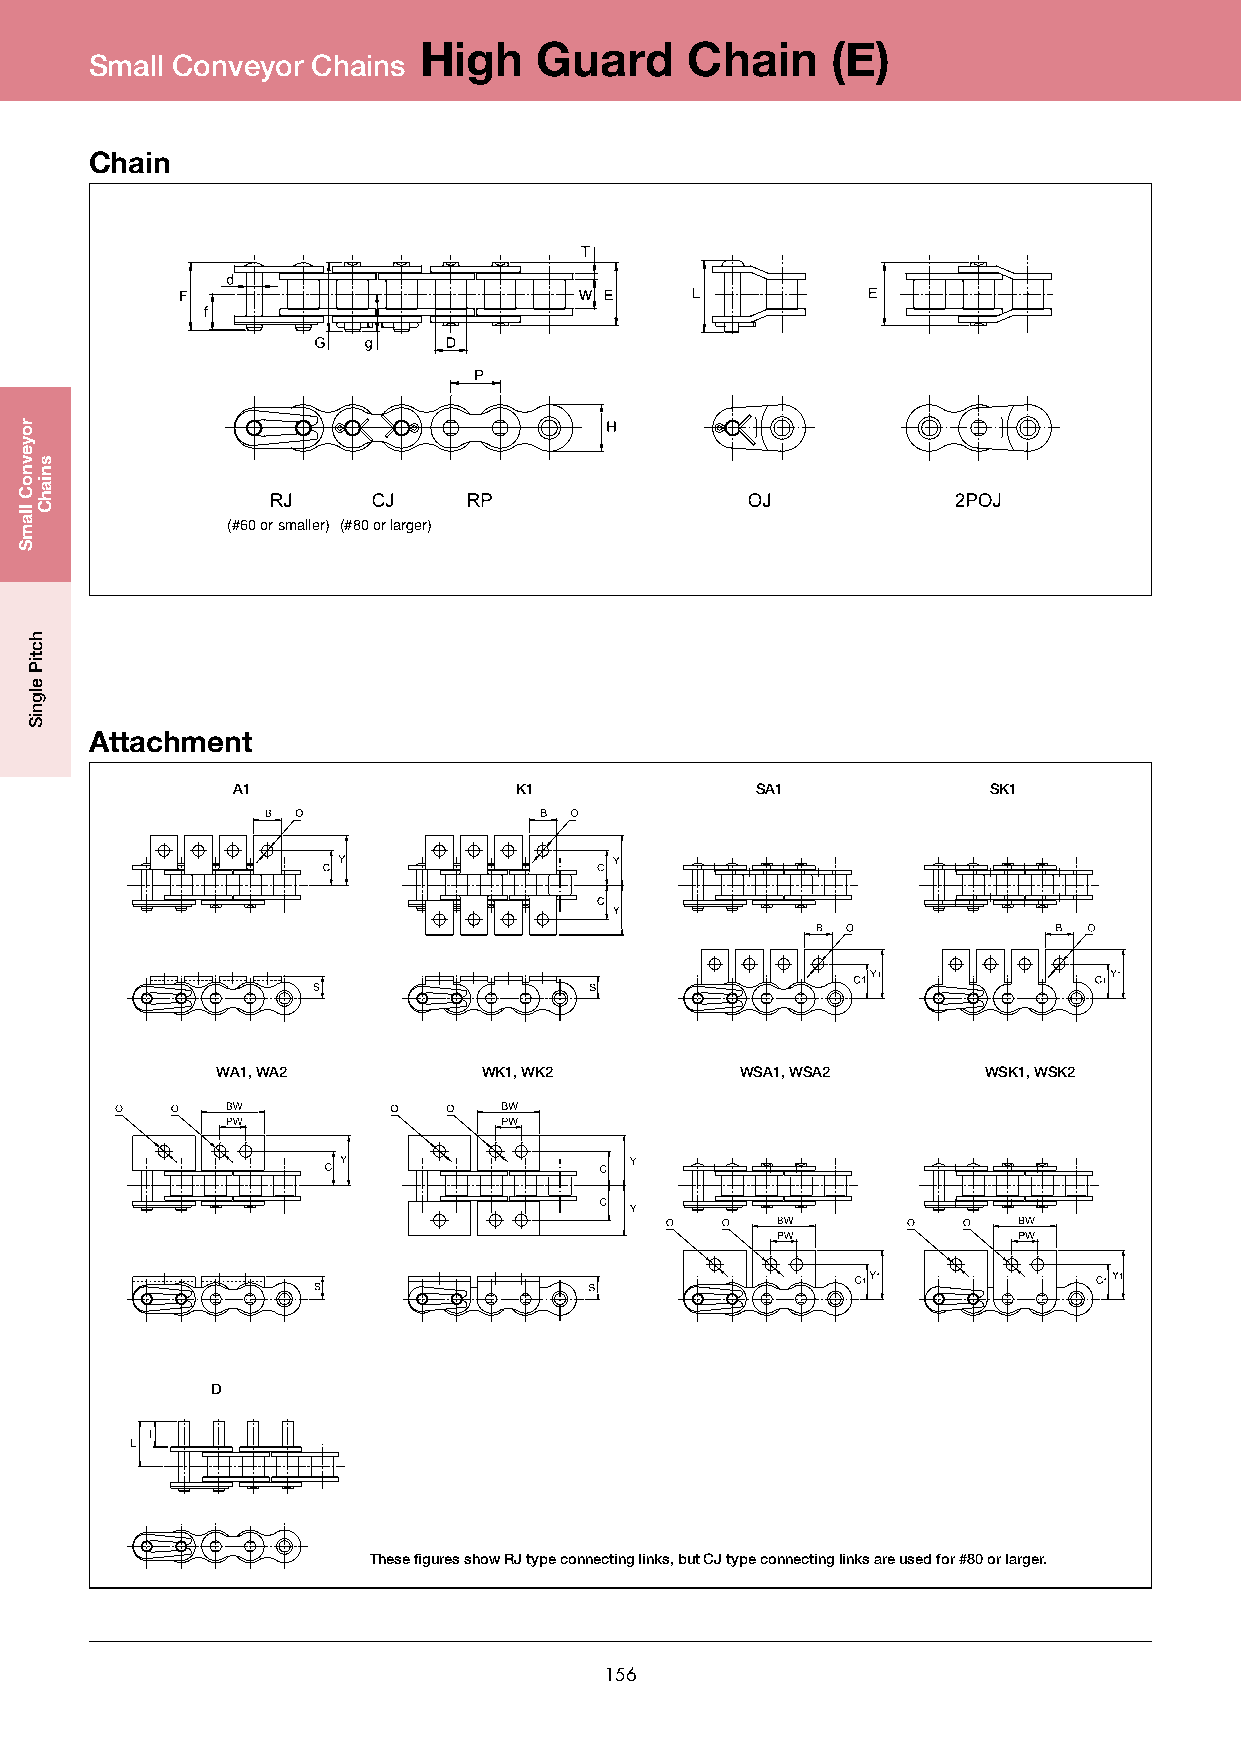
High    Guard    Chain     (E)
 Small Conveyor Chains
 Chain
 (#60orsmaller) (#80orlarger)
 Attachment
 A1                 K1              SA1            SK1
 WA1, WA2          WK1, WK2         WSA1, WSA2      WSK1, WSK2
 D
 These figures show RJ type connecting links, but CJ type connecting links are used for #80 or larger.
 156
 royevnoC
 llamS
 hctiP
 elgniS
 sniahC